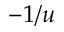
- 1 / u